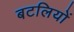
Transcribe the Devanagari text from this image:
बटलियों